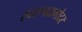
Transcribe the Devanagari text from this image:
स्वरूपदामोदर